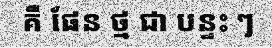
គឺ ផែន ថ្ម ជា បន្ទះ ៗ